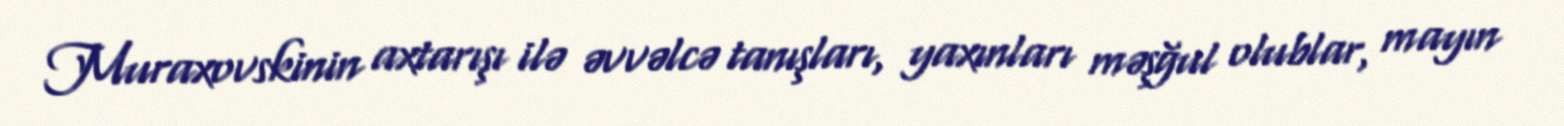
Muraxovskinin axtarışı ilə əvvəlcə tanışları, yaxınları məşğul olublar, mayın